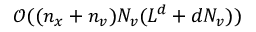
\mathcal { O } ( ( n _ { x } + n _ { v } ) N _ { v } ( L ^ { d } + d N _ { v } ) )